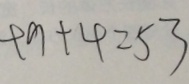
4 9 + 4 = 5 3